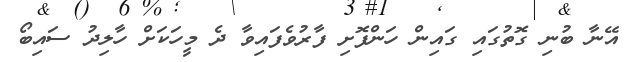
އޭނާ ބުނި ގޮތުގައި ގައިން ހަންފޮށި ފާރުވެފައިވާ ދެ މީހަކަށް ހާލިދު ސައިބޯ